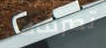
تصرفات